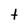
Character: T